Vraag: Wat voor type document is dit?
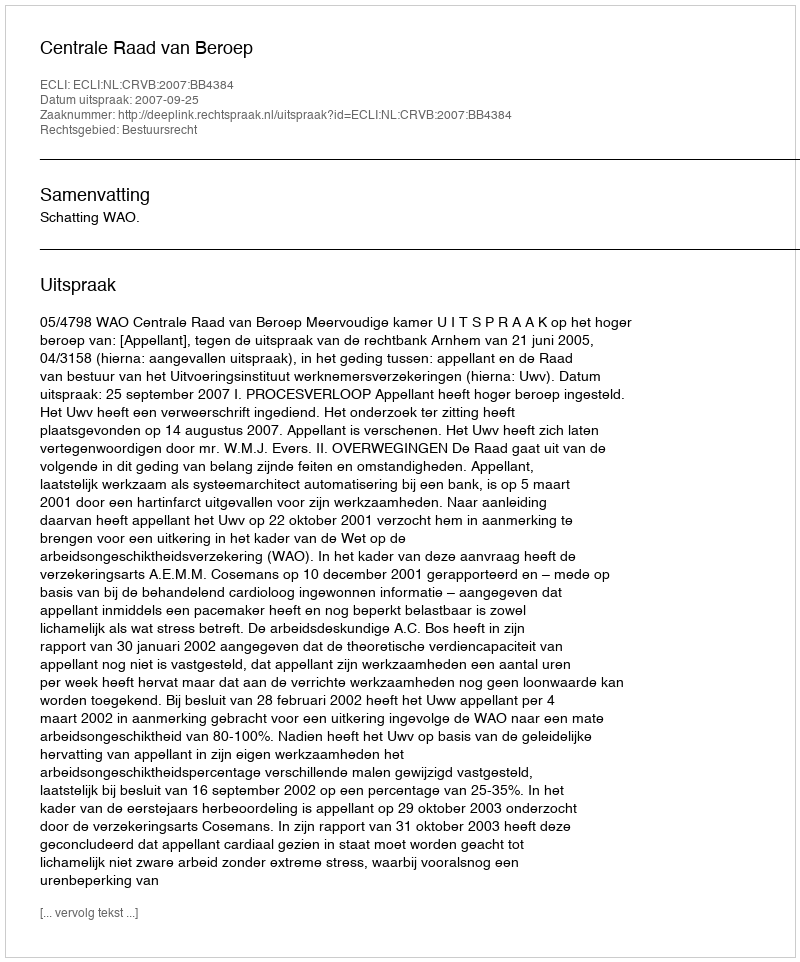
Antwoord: Uitspraak